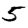
Digit: 5